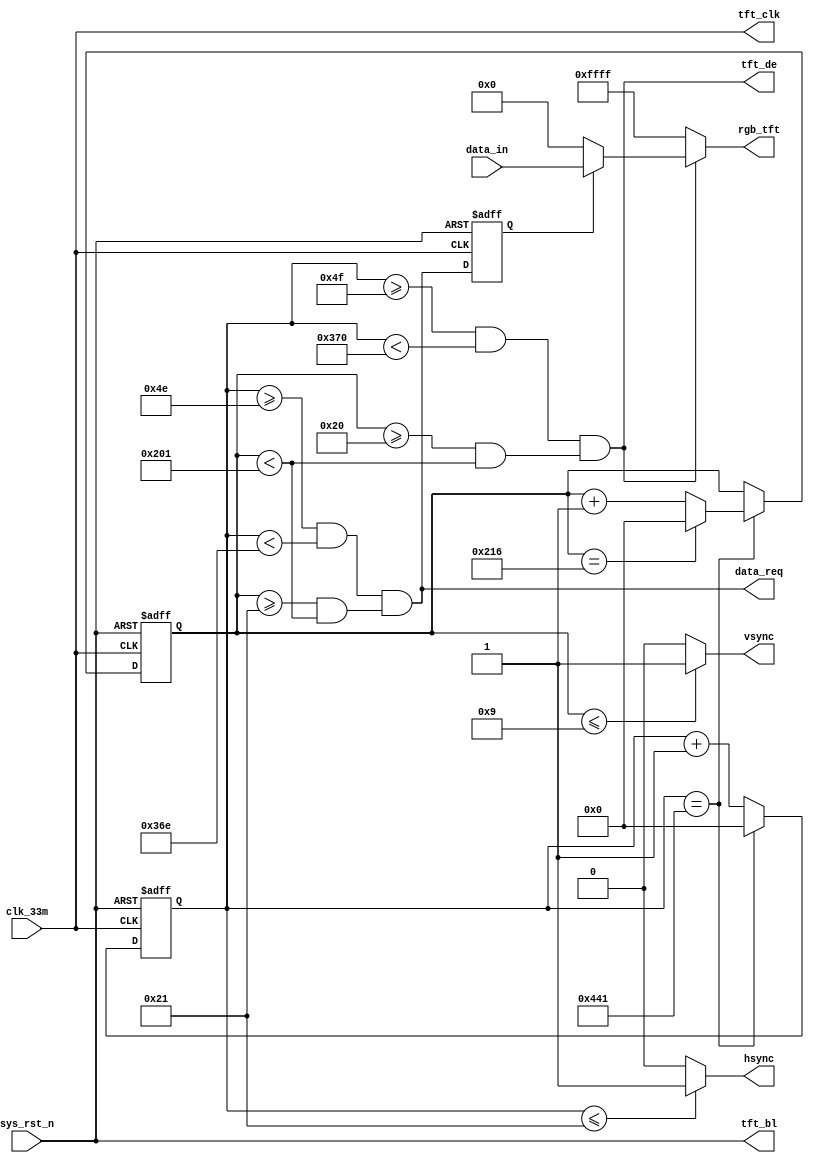
`timescale  1ns/1ns
////////////////////////////////////////////////////////////////////////
// Module Name   : tft_ctrl
// Project Name  : tft_800x480
// Target Devices: Altera EP4CE10F17C8N
// Tool Versions : Quartus 13.0
// Description   : TFT
// 
// Revision      : V1.0
// Additional Comments:
// 
// : _Pro_FPGA
//     : http://www.embedfire.com
//     : http://www.firebbs.cn
//     : https://fire-stm32.taobao.com
////////////////////////////////////////////////////////////////////////

module  tft_ctrl
(
    input   wire            clk_33m     ,   //,33MHz
    input   wire            sys_rst_n   ,   //,
    input   wire    [15:0]  data_in     ,   //

    output  wire            data_req    ,   //
    output  wire    [15:0]  rgb_tft     ,   //TFT
    output  wire            hsync       ,   //TFT
    output  wire            vsync       ,   //TFT
    output  wire            tft_clk     ,   //TFT
    output  wire            tft_de      ,   //TFT
    output  wire            tft_bl          //TFT
);

//********************************************************************//
//****************** Parameter and Internal Signal *******************//
//********************************************************************//

//parameter define
parameter   H_SYNC      =   11'd34  ,   //
            H_BACK      =   11'd46   ,   //
            H_LEFT      =   11'd0   ,   //
            H_VALID     =   11'd800 ,   //
            H_RIGHT     =   11'd0   ,   //
            H_FRONT     =   11'd210   ,   //
            H_TOTAL     =   11'd1090 ;   //
            
parameter   V_SYNC      =   11'd10  ,   //
            V_BACK      =   11'd23   ,   //
            V_TOP       =   11'd0   ,   //
            V_VALID     =   11'd480 ,   //
            V_BOTTOM    =   11'd0   ,   //
            V_FRONT     =   11'd22   ,   //
            V_TOTAL     =   11'd535 ;   //
parameter   H_PIXEL     =   11'd800 ,   //
            V_PIXEL     =   11'd480 ;   //
parameter   H_BLACK     =   ((H_VALID - H_PIXEL) / 2),  //
            V_BLACK     =   ((V_VALID - V_PIXEL) / 2);  //

//wire  define
wire            data_valid  ;   //
wire    [15:0]  data_out    ;   //

//reg   define
reg     [10:0]   cnt_h       ;   //
reg     [10:0]   cnt_v       ;   //
reg             data_req_dly;   //

//********************************************************************//
//***************************** Main Code ****************************//
//********************************************************************//

//tft_clk,tft_de,tft_bl:TFT
assign  tft_clk = clk_33m    ;
assign  tft_de  = data_valid;
assign  tft_bl  = sys_rst_n ;

//cnt_h:
always@(posedge clk_33m or negedge sys_rst_n)
    if(sys_rst_n == 1'b0)
        cnt_h   <=  11'd0;
    else    if(cnt_h == H_TOTAL - 1'b1)
        cnt_h   <=  11'd0;
    else
        cnt_h   <=  cnt_h + 10'd1;

//cnt_v:
always@(posedge clk_33m or negedge sys_rst_n)
    if(sys_rst_n == 1'b0)
        cnt_v   <=  11'd0;
    else    if(cnt_h == H_TOTAL - 1'b1) 
    begin
        if(cnt_v == V_TOTAL - 1'b1)
            cnt_v   <=  11'd0;
        else
            cnt_v   <=  cnt_v + 10'd1;
    end
    else 
        cnt_v   <=  cnt_v;

//data_valid:
assign  data_valid = ((cnt_h >= (H_SYNC + H_BACK + H_LEFT - 1'b1))
            && (cnt_h < (H_SYNC + H_BACK + H_LEFT + H_VALID )))
            &&((cnt_v >= (V_SYNC + V_BACK + V_TOP - 1'b1))
            && (cnt_v < (V_SYNC + V_BACK + V_TOP + V_VALID)));

//data_req:
assign  data_req = ((cnt_h >= (H_SYNC + H_BACK + H_LEFT + H_BLACK - 2))
    && (cnt_h < ((H_SYNC + H_BACK + H_LEFT + H_BLACK + H_PIXEL - 2))))
    &&((cnt_v >= ((V_SYNC + V_BACK + V_TOP + V_BLACK)))
    && (cnt_v < ((V_SYNC + V_BACK + V_TOP + V_BLACK + V_PIXEL))));

//data_req_dly:,
always@(posedge clk_33m or negedge sys_rst_n)
    if(sys_rst_n == 1'b0)
        data_req_dly    <=  1'b0;
    else
        data_req_dly    <=  data_req;

//data_out:
assign  data_out = (data_req_dly == 1'b1) ? data_in : 16'h0000;

//hsync,vsync,rgb_tft:
assign  rgb_tft = (data_valid == 1'b0) ? 16'hFFFF : data_out;
assign  hsync = (cnt_h  <=  H_SYNC - 1'd1) ? 1'b1 : 1'b0  ;
assign  vsync = (cnt_v  <=  V_SYNC - 1'd1) ? 1'b1 : 1'b0  ;
endmodule